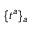
\{ t ^ { a } \} _ { a }